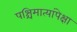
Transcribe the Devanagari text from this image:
पश्चिमात्यांपेक्षा